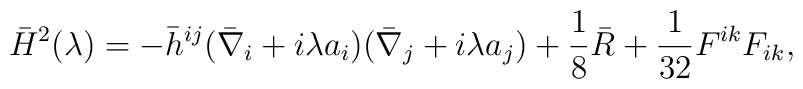
\bar{H}^2(\lambda)=-\bar{h}^{ij}(\bar{\nabla}_i+i\lambda a_i)(\bar{\nabla}_j+i\lambda a_j)+\frac 18 \bar{R}+{1 \over 32} F^{ik}F_{ik},